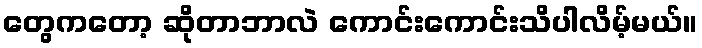
တွေကတော့ ဆိုတာဘာလဲ ကောင်းကောင်းသိပါလိမ့်မယ်။